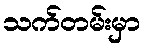
သက်တမ်းမှာ